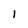
Character: 1